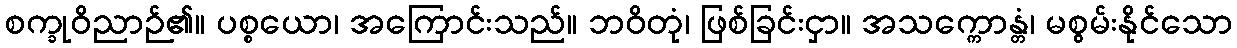
စက္ခုဝိညာဉ်၏။ ပစ္စယော၊ အကြောင်းသည်။ ဘဝိတုံ၊ ဖြစ်ခြင်းငှာ။ အသက္ကောန္တံ၊ မစွမ်းနိုင်သော